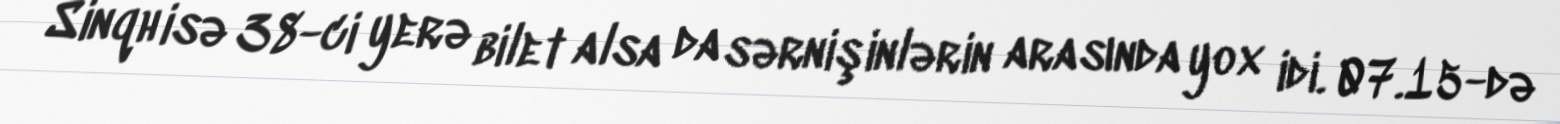
Sinqh isə 38-ci yerə bilet alsa da sərnişinlərin arasında yox idi. 07.15-də